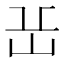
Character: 𡵽